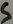
Text: S